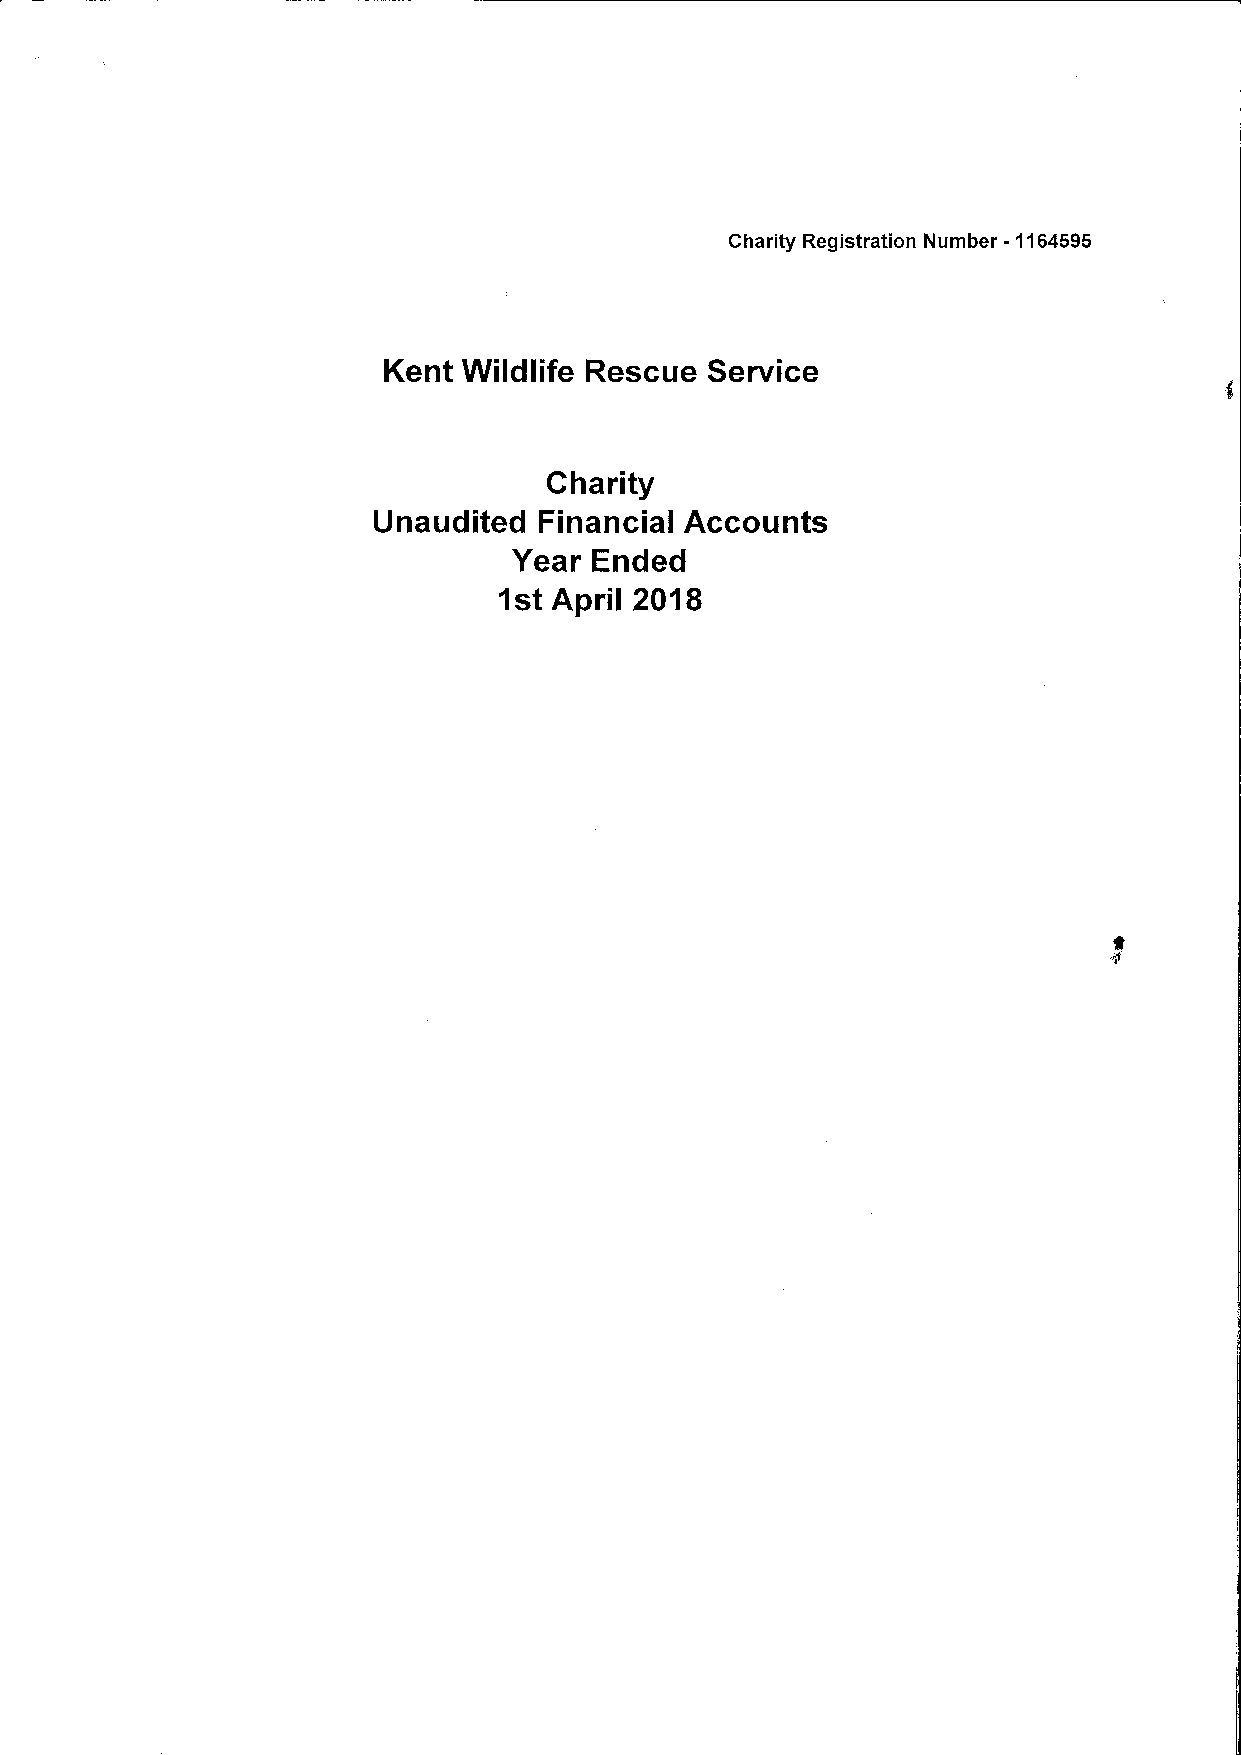
Charity Registration Number -1164595
 Kent  Wildlife Rescue Service
 Charity
 Unaudited  Financial Accounts
 Year Ended
 1st      2018
 April